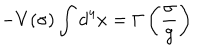
LaTeX: - V ( \sigma ) \int d ^ { 4 } x = \Gamma \left( \frac { \sigma } { g } \right)